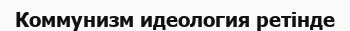
Коммунизм идеология ретінде